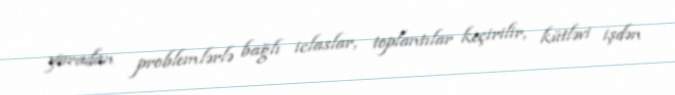
yaradan problemlərlə bağlı iclaslar, toplantılar keçirilir, kütləvi işdən